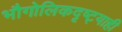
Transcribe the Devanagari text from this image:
भौगोलिकदृष्ट्याही